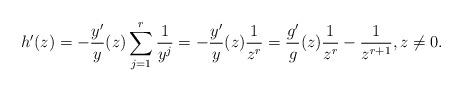
LaTeX: \begin{align*} h'(z)=-\frac{y'}{y}(z) \sum_{j=1}^r \frac{1}{y^j}=-\frac{y'}{y}(z) \frac{1}{z^{r}}= \frac{g'}{g}(z) \frac{1}{z^{r}}-\frac{1}{z^{r+1}}, z\not=0.\end{align*}